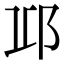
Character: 𨚑